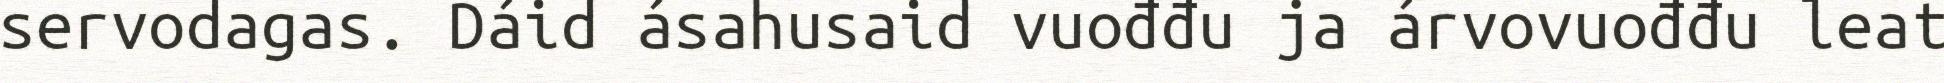
servodagas. Dáid ásahusaid vuođđu ja árvovuođđu leat